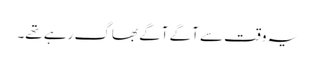
یہ وقت سے آگے آگے بھاگ رہے تھے۔